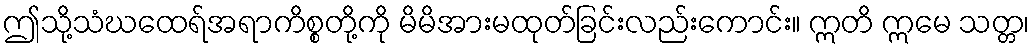
ဤသို့သံဃထေရ်အရာကိစ္စတို့ကို မိမိအားမထုတ်ခြင်းလည်းကောင်း။ ဣတိ ဣမေ သတ္တ၊